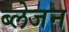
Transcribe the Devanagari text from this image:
ब्लेजन